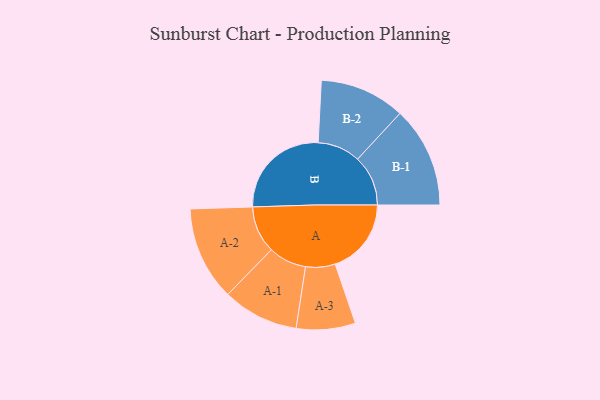
{"axis": {"x": "Segment", "y": "Value"}, "legend": ["", "A", "B"], "data": [{"x": "A", "y": 374, "type": ""}, {"x": "B", "y": 498, "type": ""}, {"x": "A-1", "y": 187, "type": "A"}, {"x": "A-2", "y": 231, "type": "A"}, {"x": "A-3", "y": 145, "type": "A"}, {"x": "B-1", "y": 248, "type": "B"}, {"x": "B-2", "y": 210, "type": "B"}]}